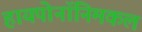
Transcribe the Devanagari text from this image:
हायपोनॉनिमकल